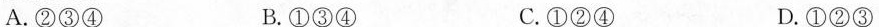
A.②③④ B.①③④ C.①②④ D.①②③